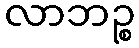
လာဘဉ္စ